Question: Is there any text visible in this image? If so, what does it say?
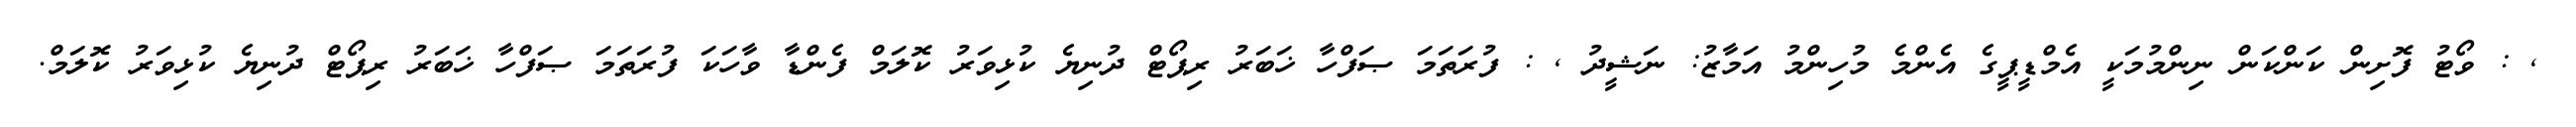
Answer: , : ވޯޓު ފޮށިން ކަންކަން ނިންމުމަކީ އެމްޑީޕީގެ އެންމެ މުހިންމު އަމާޒު: ނަޝީދު , : ފުރަތަމަ ޞަފްހާ ޚަބަރު ރިޕޯޓް ދުނިޔެ ކުޅިވަރު ކޮލަމް ފެންޑާ ވާހަކަ ފުރަތަމަ ޞަފްހާ ޚަބަރު ރިޕޯޓް ދުނިޔެ ކުޅިވަރު ކޮލަމް.